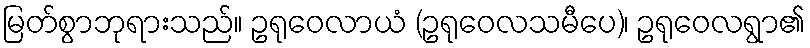
မြတ်စွာဘုရားသည်။ ဥရုဝေလာယံ (ဥရုဝေလသမီပေ)၊ ဥရုဝေလရွာ၏